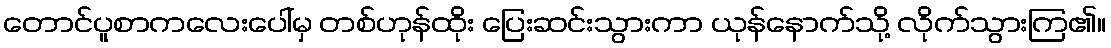
တောင်ပူစာကလေးပေါ်မှ တစ်ဟုန်ထိုး ပြေးဆင်းသွားကာ ယုန်နောက်သို့ လိုက်သွားကြ၏။